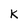
Character: K